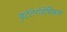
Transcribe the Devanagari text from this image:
युटेटेरोवेसिकल